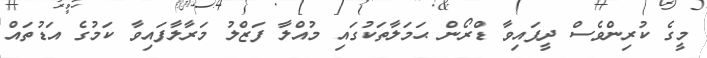
މީގެ ކުރިންވެސް ދީފައިވާ ޑްރޯން ޙަމަލާތަކުގައި މުއްލާ ފަޒްލު މަރާލާފައިވާ ކަމުގެ އަޑުތައް